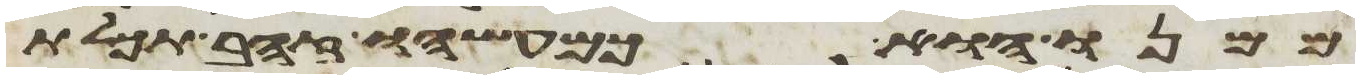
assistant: ממנו הוא כמעשהו זהב תכלת